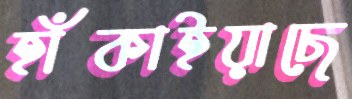
হাঁকাইয়াছে